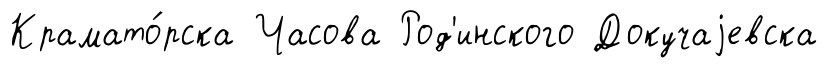
Крамато́рска Часова Род'инского Докучаjевска